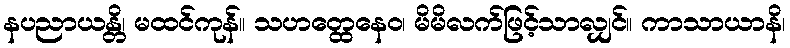
နပညာယန္တိ၊ မထင်ကုန်။ သဟတ္ထေနေဝ၊ မိမိလက်ဖြင့်သာလျှင်။ ကာသာယာနိ၊